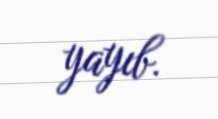
yayıb.